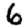
Digit: 6